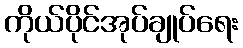
ကိုယ်ပိုင်အုပ်ချုပ်ရေး